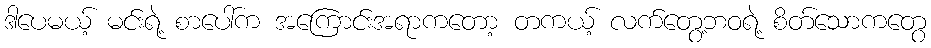
ဒါပေမယ့် မင်းရဲ့ စာပေါ်က အကြောင်းအရာကတော့ တကယ့် လက်တွေ့ဘဝရဲ့ စိတ်သောကတွေ